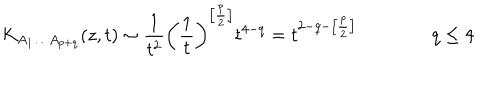
LaTeX: K _ { A _ { 1 } \ldots A _ { p + q } } ( z , t ) \sim \frac { 1 } { t ^ { 2 } } \left( \frac { 1 } { t } \right) ^ { \left[ \frac { p } { 2 } \right] } t ^ { 4 - q } = t ^ { 2 - q - \left[ \frac { p } { 2 } \right] } \qquad \qquad q \leq 4